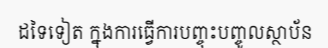
ដទៃទៀត ក្នុងការធ្វើការបញ្ចុះបញ្ចូលស្ថាប័ន